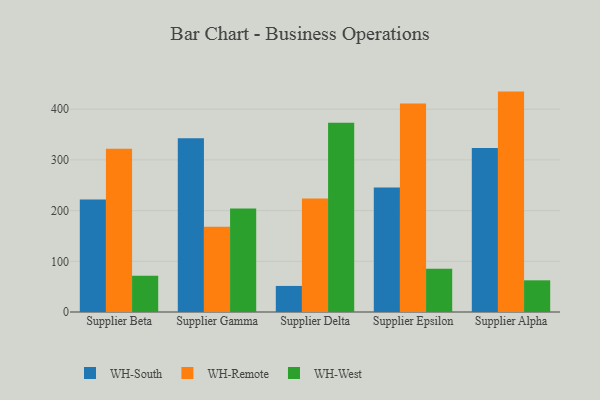
{"axis": {"x": "Supplier", "y": "Production Output"}, "legend": ["WH-Remote", "WH-South", "WH-West"], "data": [{"x": "Supplier Beta", "y": 222.1, "type": "WH-South"}, {"x": "Supplier Beta", "y": 322.2, "type": "WH-Remote"}, {"x": "Supplier Beta", "y": 71.5, "type": "WH-West"}, {"x": "Supplier Gamma", "y": 342.7, "type": "WH-South"}, {"x": "Supplier Gamma", "y": 168.2, "type": "WH-Remote"}, {"x": "Supplier Gamma", "y": 203.9, "type": "WH-West"}, {"x": "Supplier Delta", "y": 51.4, "type": "WH-South"}, {"x": "Supplier Delta", "y": 223.9, "type": "WH-Remote"}, {"x": "Supplier Delta", "y": 373.1, "type": "WH-West"}, {"x": "Supplier Epsilon", "y": 245.6, "type": "WH-South"}, {"x": "Supplier Epsilon", "y": 411.4, "type": "WH-Remote"}, {"x": "Supplier Epsilon", "y": 85.3, "type": "WH-West"}, {"x": "Supplier Alpha", "y": 323.6, "type": "WH-South"}, {"x": "Supplier Alpha", "y": 434.7, "type": "WH-Remote"}, {"x": "Supplier Alpha", "y": 62.5, "type": "WH-West"}]}